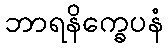
ဘာရနိက္ခေပနံ